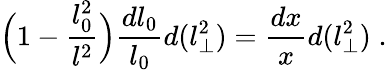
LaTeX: \Big(1-{\frac{l_{0}^{2}}{l^{2}}}\Big){\frac{dl_{0}}{l_{0}}}d(l_{\perp}^{2})={\frac{dx}{x}}d(l_{\perp}^{2})\; .